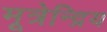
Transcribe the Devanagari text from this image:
मूत्रेन्द्रिय